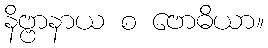
နိဗ္ဗာနာယ စ ဗောဓိယာ။